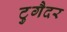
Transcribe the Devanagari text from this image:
टुगैदर